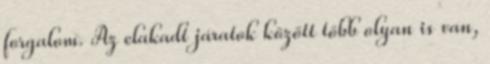
forgalom. Az elakadt járatok között több olyan is van,